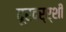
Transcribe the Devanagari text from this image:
दूरदर्र्शी